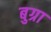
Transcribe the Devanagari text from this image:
बुग्रा